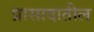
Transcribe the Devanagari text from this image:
प्रासादातील